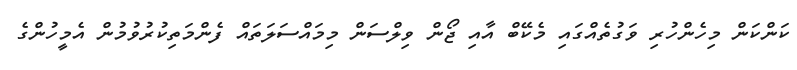
ކަންކަން މިހެންހުރި ވަގުތެއްގައި މެކޭބް އާއި ޖޯން ވިލްސަން މިމައްސަލަތައް ފެންމަތިކުރުވުމުން އެމީހުންގެ